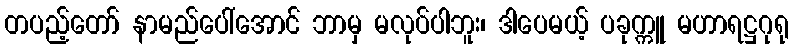
တပည့်တော် နာမည်ပေါ်အောင် ဘာမှ မလုပ်ပါဘူး၊ ဒါပေမယ့် ပခုက္ကူ မဟာရဋ္ဌဂုရု